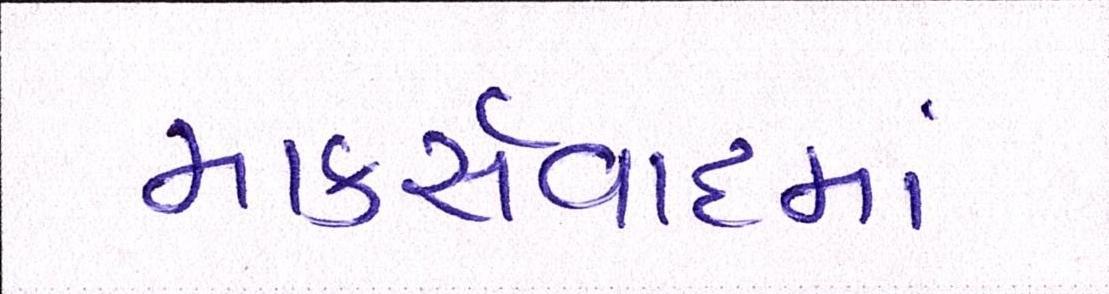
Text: માર્ક્સવાદમાં